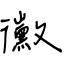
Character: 黴